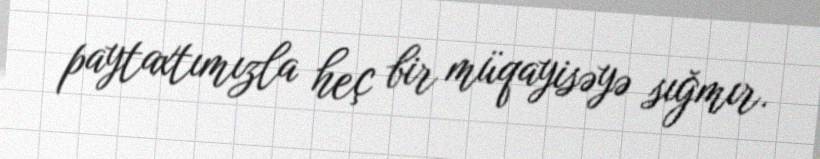
paytaxtımızla heç bir müqayisəyə sığmır.